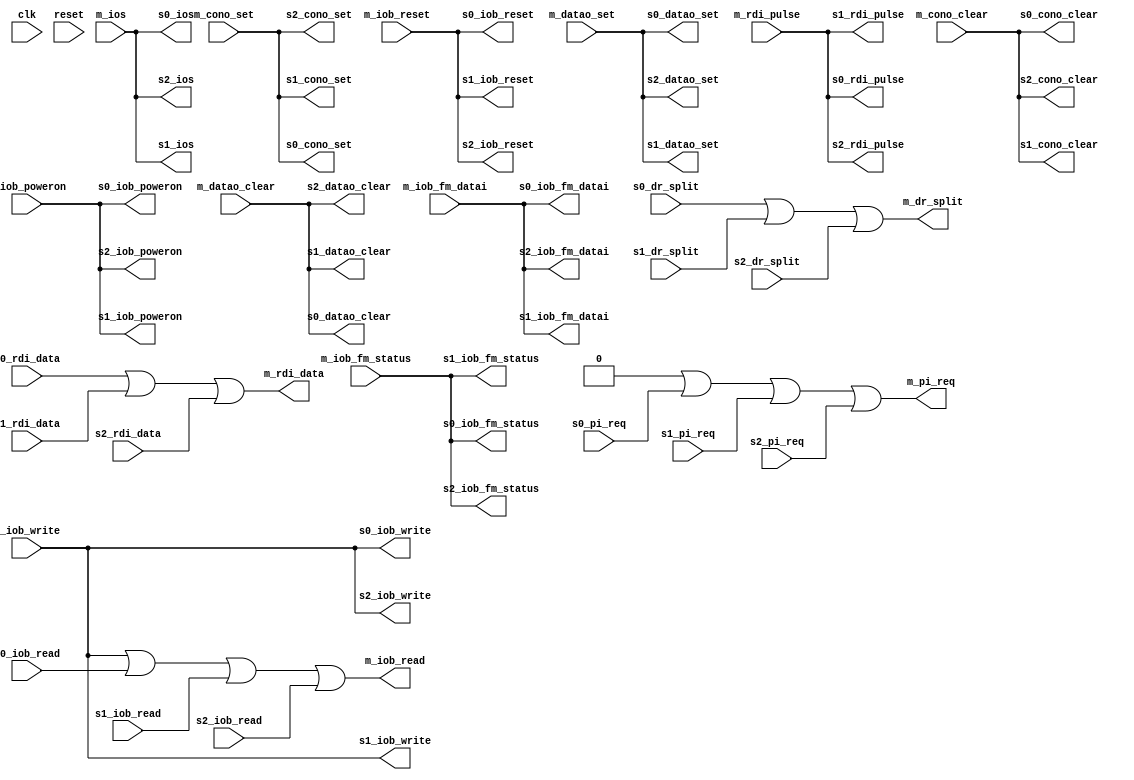
// AUTOGEN
module iobus_3_connect(
	// unused
	input wire clk,
	input wire reset,

	// Master
	input wire m_iob_poweron,
	input wire m_iob_reset,
	input wire m_datao_clear,
	input wire m_datao_set,
	input wire m_cono_clear,
	input wire m_cono_set,
	input wire m_iob_fm_datai,
	input wire m_iob_fm_status,
	input wire m_rdi_pulse,
	input wire [3:9] m_ios,
	input wire [0:35] m_iob_write,
	output wire [1:7] m_pi_req,
	output wire [0:35] m_iob_read,
	output wire m_dr_split,
	output wire m_rdi_data,

	// Slave 0
	output wire s0_iob_poweron,
	output wire s0_iob_reset,
	output wire s0_datao_clear,
	output wire s0_datao_set,
	output wire s0_cono_clear,
	output wire s0_cono_set,
	output wire s0_iob_fm_datai,
	output wire s0_iob_fm_status,
	output wire s0_rdi_pulse,
	output wire [3:9] s0_ios,
	output wire [0:35] s0_iob_write,
	input wire [1:7] s0_pi_req,
	input wire [0:35] s0_iob_read,
	input wire s0_dr_split,
	input wire s0_rdi_data,

	// Slave 1
	output wire s1_iob_poweron,
	output wire s1_iob_reset,
	output wire s1_datao_clear,
	output wire s1_datao_set,
	output wire s1_cono_clear,
	output wire s1_cono_set,
	output wire s1_iob_fm_datai,
	output wire s1_iob_fm_status,
	output wire s1_rdi_pulse,
	output wire [3:9] s1_ios,
	output wire [0:35] s1_iob_write,
	input wire [1:7] s1_pi_req,
	input wire [0:35] s1_iob_read,
	input wire s1_dr_split,
	input wire s1_rdi_data,

	// Slave 2
	output wire s2_iob_poweron,
	output wire s2_iob_reset,
	output wire s2_datao_clear,
	output wire s2_datao_set,
	output wire s2_cono_clear,
	output wire s2_cono_set,
	output wire s2_iob_fm_datai,
	output wire s2_iob_fm_status,
	output wire s2_rdi_pulse,
	output wire [3:9] s2_ios,
	output wire [0:35] s2_iob_write,
	input wire [1:7] s2_pi_req,
	input wire [0:35] s2_iob_read,
	input wire s2_dr_split,
	input wire s2_rdi_data
);
	assign m_pi_req = 0 | s0_pi_req | s1_pi_req | s2_pi_req;
	assign m_iob_read = m_iob_write | s0_iob_read | s1_iob_read | s2_iob_read;
	assign m_dr_split = 0 | s0_dr_split | s1_dr_split | s2_dr_split;
	assign m_rdi_data = 0 | s0_rdi_data | s1_rdi_data | s2_rdi_data;


	assign s0_iob_poweron = m_iob_poweron;
	assign s0_iob_reset = m_iob_reset;
	assign s0_datao_clear = m_datao_clear;
	assign s0_datao_set = m_datao_set;
	assign s0_cono_clear = m_cono_clear;
	assign s0_cono_set = m_cono_set;
	assign s0_iob_fm_datai = m_iob_fm_datai;
	assign s0_iob_fm_status = m_iob_fm_status;
	assign s0_rdi_pulse = m_rdi_pulse;
	assign s0_ios = m_ios;
	assign s0_iob_write = m_iob_write;

	assign s1_iob_poweron = m_iob_poweron;
	assign s1_iob_reset = m_iob_reset;
	assign s1_datao_clear = m_datao_clear;
	assign s1_datao_set = m_datao_set;
	assign s1_cono_clear = m_cono_clear;
	assign s1_cono_set = m_cono_set;
	assign s1_iob_fm_datai = m_iob_fm_datai;
	assign s1_iob_fm_status = m_iob_fm_status;
	assign s1_rdi_pulse = m_rdi_pulse;
	assign s1_ios = m_ios;
	assign s1_iob_write = m_iob_write;

	assign s2_iob_poweron = m_iob_poweron;
	assign s2_iob_reset = m_iob_reset;
	assign s2_datao_clear = m_datao_clear;
	assign s2_datao_set = m_datao_set;
	assign s2_cono_clear = m_cono_clear;
	assign s2_cono_set = m_cono_set;
	assign s2_iob_fm_datai = m_iob_fm_datai;
	assign s2_iob_fm_status = m_iob_fm_status;
	assign s2_rdi_pulse = m_rdi_pulse;
	assign s2_ios = m_ios;
	assign s2_iob_write = m_iob_write;
endmodule